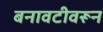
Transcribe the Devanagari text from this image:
बनावटीवरून